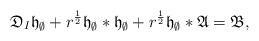
LaTeX: \begin{align*}\mathfrak{D}_I \mathfrak{h}_{\emptyset} + r^{\frac{1}{2}} \mathfrak{h}_{\emptyset}*\mathfrak{h}_{\emptyset} + r^{\frac{1}{2}}\mathfrak{h}_{\emptyset}*\mathfrak{A} = \mathfrak{B}, \end{align*}